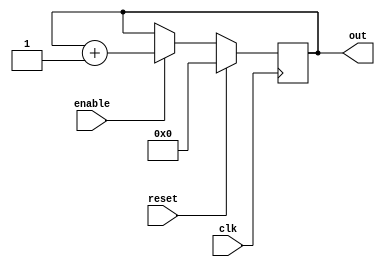
module Counter(clk, enable, reset, out);
    output[3:0] out;
    reg [3:0] out;
    input clk;
    input enable;
    input reset;

    always @(posedge clk)
    begin
        if(reset)
            out = 4'b0;
        else if(enable)
            out = out+1; 
    end
endmodule